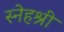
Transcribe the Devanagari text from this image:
स्नेहश्री